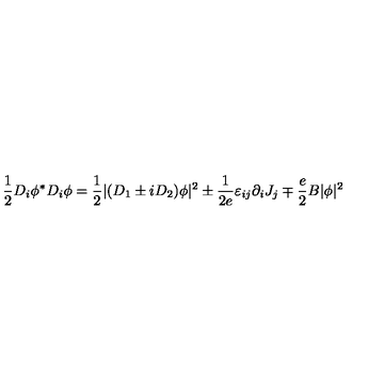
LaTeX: \frac 1 2 D _ { i } \phi ^ { * } D _ { i } \phi = \frac 1 2 | ( D _ { 1 } \pm i D _ { 2 } ) \phi | ^ { 2 } \pm \frac 1 { 2 e } \varepsilon _ { i j } \partial _ { i } J _ { j } \mp \frac e 2 B | \phi | ^ { 2 }